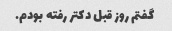
گفتم روز قبل دکتر رفته بودم.